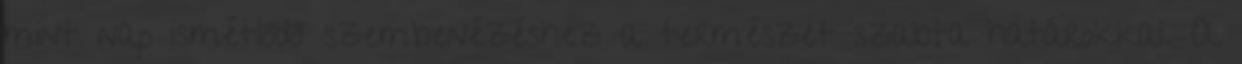
mint nap ismétlődő szembenézéshez a természet szabta határokkal. A